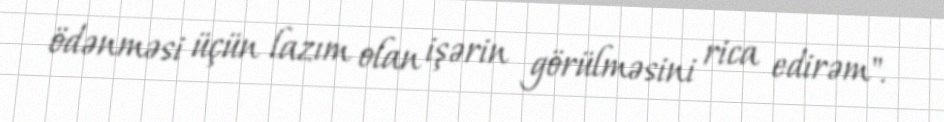
ödənməsi üçün lazım olan işərin görülməsini rica edirəm".